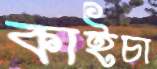
কাইচা